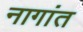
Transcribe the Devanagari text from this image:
नागांत